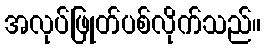
အလုပ်ဖြုတ်ပစ်လိုက်သည်။